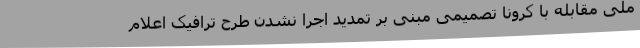
ملی مقابله با کرونا تصمیمی مبنی بر تمدید اجرا نشدن طرح ترافیک اعلام